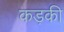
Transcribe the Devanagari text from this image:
कड़की